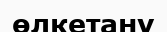
өлкетану